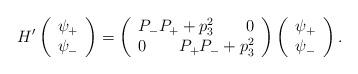
LaTeX: \begin{align*}H^{\prime }\left( \begin{array}{c}\psi _{+} \\ \psi _{-} \end{array}\right) =\left( \begin{array}{c}P_{-}P_{+}+p_3^2\qquad 0 \\ 0\qquad P_{+}P_{-}+p_3^2 \end{array}\right) \left( \begin{array}{c}\psi _{+} \\ \psi _{-} \end{array}\right) .\end{align*}